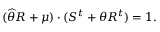
( \widehat { \theta } R + \mu ) \cdot ( S ^ { t } + \theta R ^ { t } ) = 1 .